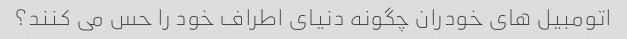
اتومبیل های خودران چگونه دنیای اطراف خود را حس می کنند؟